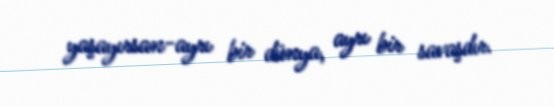
yaşayırsan-ayrı bir dünya, ayrı bir savaşdır.